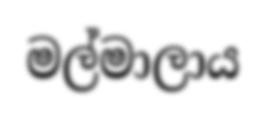
මල්මාලාය